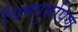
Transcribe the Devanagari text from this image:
विष्णुरुपिण